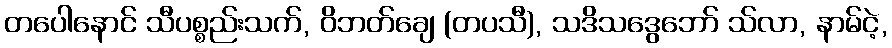
တပေါနောင် သီပစ္စည်းသက်, ဝိဘတ်ချေ (တပသီ), သဒိသဒွေဘော် သ်လာ, နာမ်ငဲ့,